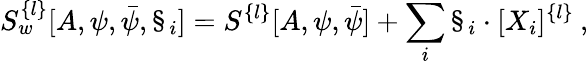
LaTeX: S_{w}^{\{ l\} }[A,\psi,\bar{\psi},\S_{i}]=S^{\{ l\} }[A,\psi,\bar{\psi}]+\sum_{i}\S_{i}\cdot[X_{i}]^{\{ l\} }\: ,